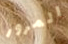
المرور